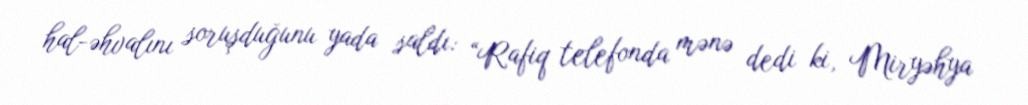
hal-əhvalını soruşduğunu yada saldı: “Rafiq telefonda mənə dedi ki, Miryəhya